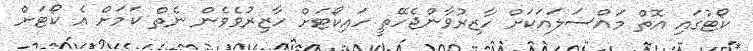
ކޯޓުގައި އޮތް މައްސަލައަކަށް ހާޒިރުވާންޖެހޭތީ ހައިކޯޓަށް ހާޒިރުވެވެން ނެތް ކަމަށް އެ ކޯޓަށް